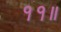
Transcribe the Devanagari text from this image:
११॥